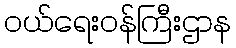
ဝယ်ရေးဝန်ကြီးဌာန